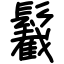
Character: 䰏